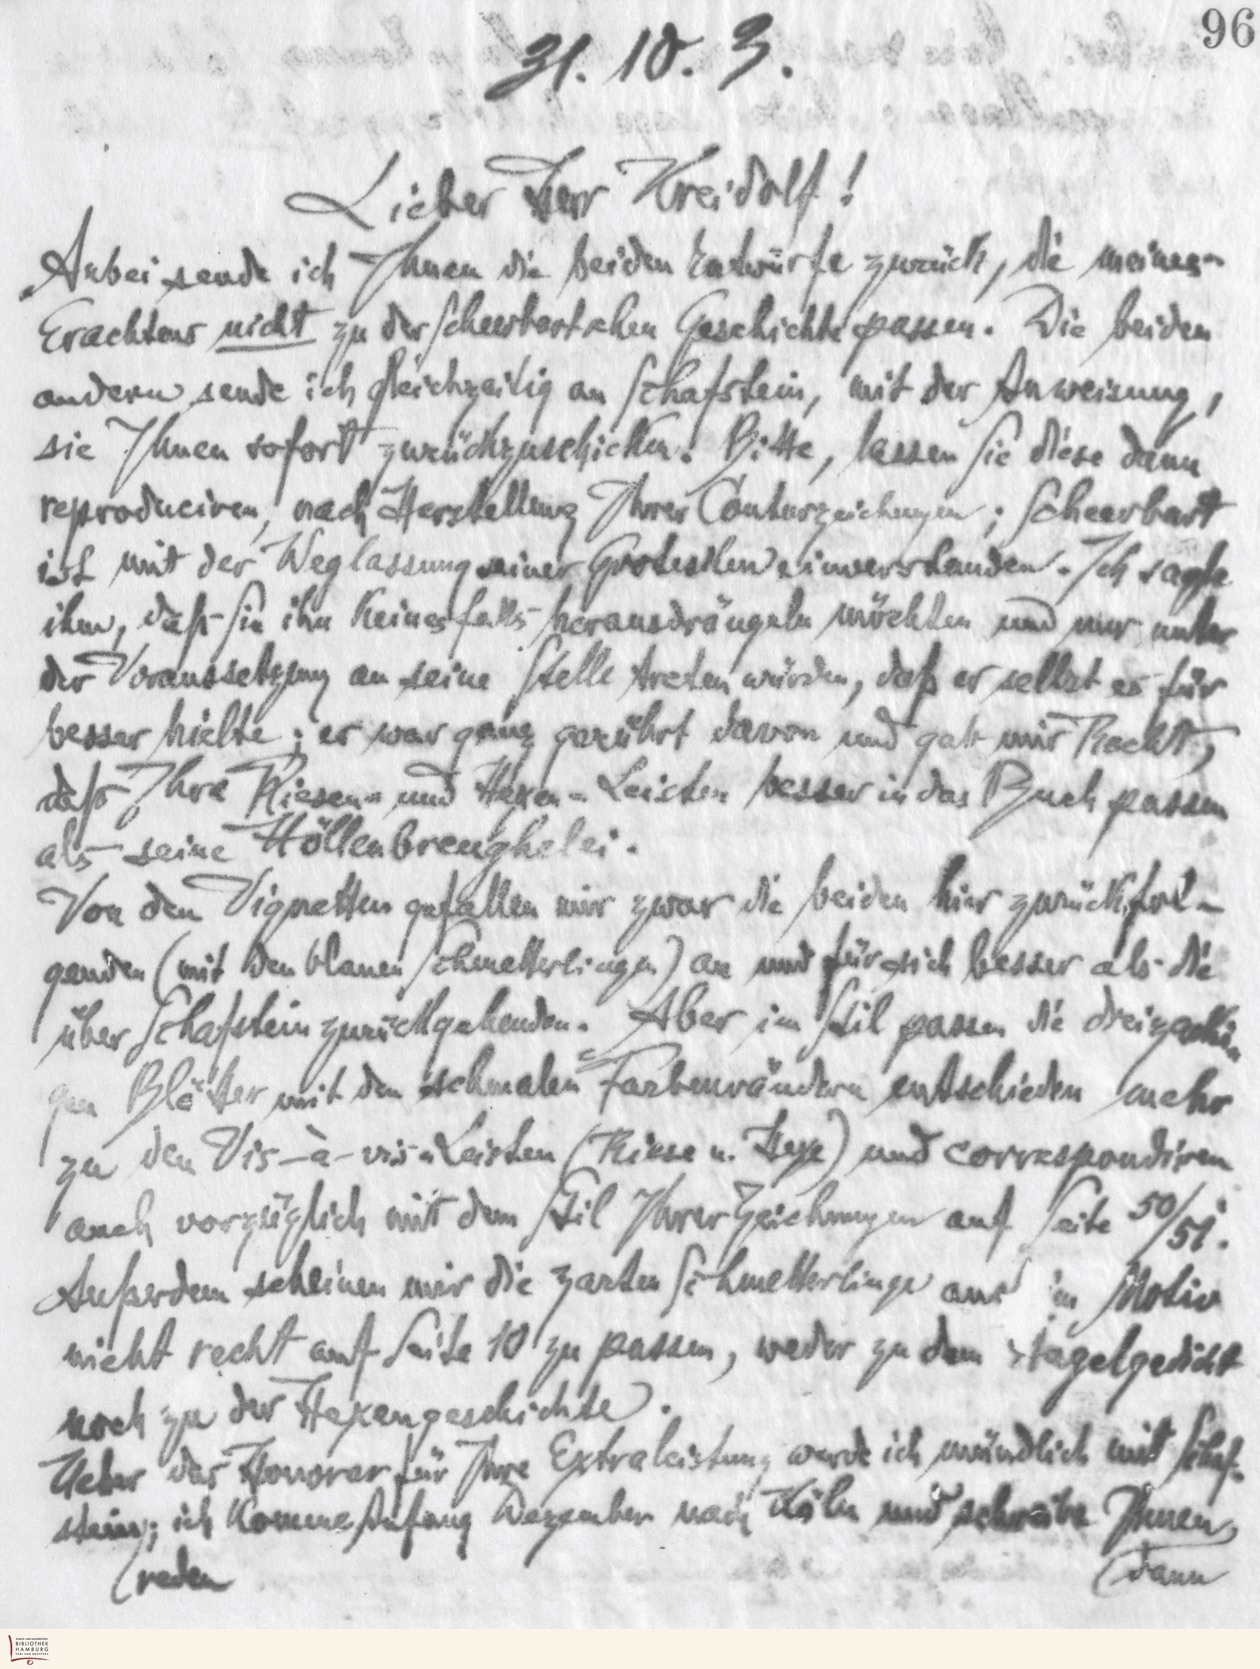
31.10.3.
Lieber Herr Kreidolf!
Anbei sende ich Ihnen die beiden Entwürfe zurück, die meines
Erachtens nicht zu der Scheerbartschen Geschichte passen. Die beiden
anderen sende ich gleichzeitig an Schafstein, mit der Anweisung,
sie Ihnen sofort zurückzuschicken. Bitte, lassen Sie diese dann
reproduzieren, nach Herstellung Ihrer Contourzeichnungen; Scheerbart
ist mit der Weglassung seiner Grotesken einverstanden. Ich sagte
ihm, daß Sie ihn keinesfalls herausdrängeln möchten und nur unter
der Voraussetzung an seine Stelle treten würden, daß er selbst es für
besser hielte; er war ganz gerührt davon und gab mir Recht,
daß Ihre Riesen- und Hexen-Leiden besser in das Buch passen
als seine Höllenbreughelei.
Von den vignetten gefallen mir zwar die beiden zurückfol-
genden (mit den blauen SChmetterlingen) an und für sich besser als die
über Schäferlein zurückgehenden. Aber im Stil passen die dreizacki-
gen Blätter mit den schmalen Farbenrändern entscheiden mehr
zu den Vis-à-vis "Leiden (Riese u. Hexe) und correspondiren
auch vorzüglich mit dem Stil Ihrer Zeichnungen auf Seite 50/51.
Außerdem scheinen mir die zarten Schmetterlinge auch im Motiv
nicht recht auf Seite 10 zu passen, weder zu dem stagelgedicht
noch zu der Hexengeschichte.
Ueber das Honorar für Ihre Extraleistung werde ich mündlich mit Schaf-
stein; ich komme Anfang Dezember nach Köln und schreibe Ihnen
dann
reden

96